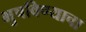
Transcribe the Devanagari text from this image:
भुषविण्याचा